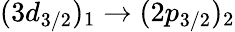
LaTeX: (3d_{3/2})_{1}\rightarrow(2p_{3/2})_{2}